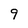
Character: 9